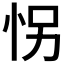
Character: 𰑍